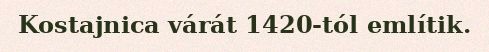
Kostajnica várát 1420-tól említik.